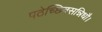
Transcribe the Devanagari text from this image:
पठेच्छिवसन्निधौ।